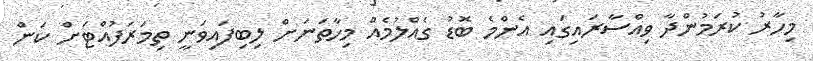
މިހާރު ކުރަމުންދާ ވިއްސާރައިގައި އެންމެ ބޮޑު ގެއްލުމެއް މިހާތަނަށް ލިބިފައިވަނީ ތިމަރަފުއްޓަށް ކަން